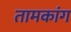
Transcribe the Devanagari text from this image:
तामकांग